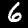
Label: 6